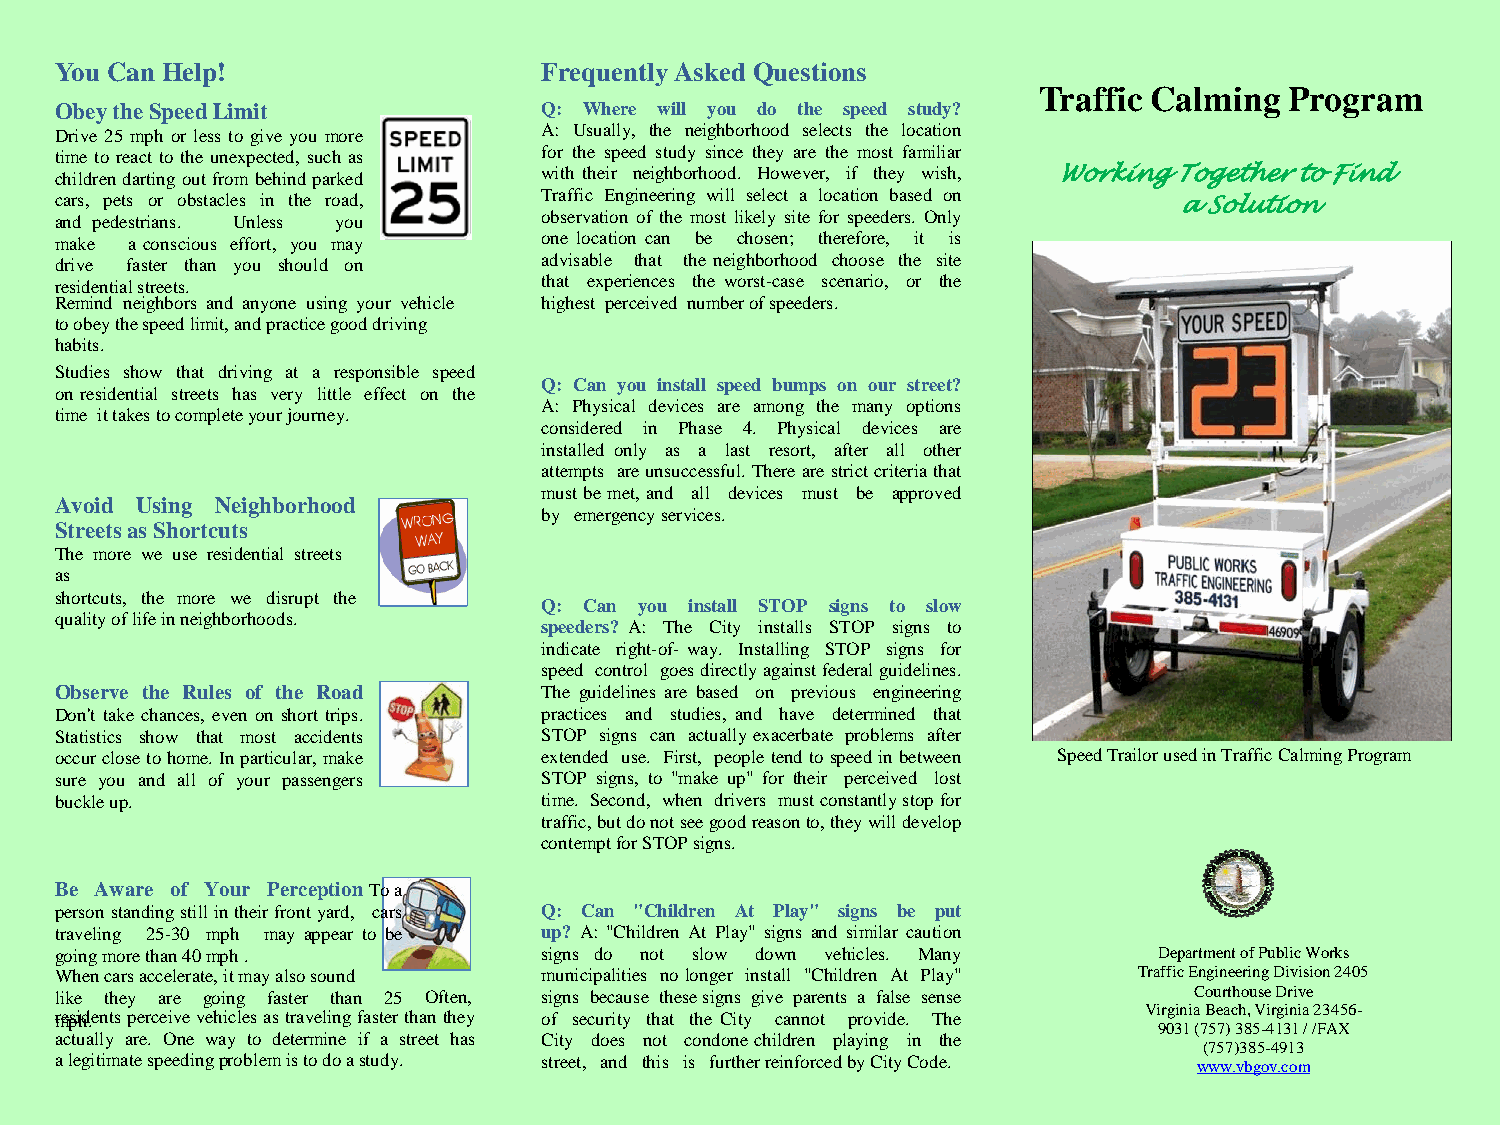
You Can Help!                   Frequently Asked Questions
 Traffic Calming Program
 Obey the Speed Limit            Q: Where will you do the speed study?
 Drive 25 mph or less to give you more A: Usually, the neighborhood selects the location
 time to react to the unexpected, such as for the speed study since they are the most familiar
 children darting out from behind parked with their neighborhood. However, if they wish, Working Together to Find
 cars, pets or obstacles in the road, Traffic Engineering will select a location based on a Solution
 and pedestrians. Unless you     observation of the most likely site for speeders. Only
 make a conscious effort, you may one location can be chosen; therefore, it is
 drive faster than you should on advisable that the neighborhood choose the site
 residential streets.            that experiences the worst-case scenario, or the
 Remind neighbors and anyone using your vehicle highest perceived number of speeders.
 to obey the speed limit, and practice good driving
 habits.
 Studies show that driving at a responsible speed
 Q: Can you install speed bumps on our street?
 on residential streets has very little effect on the
 A: Physical devices are among the many options
 time it takes to complete your journey.
 considered in Phase 4. Physical devices are
 installed only as a last resort, after all other
 attempts are unsuccessful. There are strict criteria that
 must be met, and all devices must be approved
 Avoid Using Neighborhood
 by emergency services.
 Streets as Shortcuts
 The more we use residential streets
 as
 shortcuts, the more we disrupt the
 Q: Can you install STOP signs to slow
 quality of life in neighborhoods.
 speeders? A: The City installs STOP signs to
 indicate right-of- way. Installing STOP signs for
 speed control goes directly against federal guidelines.
 Observe the Rules of the Road   The guidelines are based on previous engineering
 Don't take chances, even on short trips. practices and studies, and have determined that
 Statistics show that most accidents STOP signs can actually exacerbate problems after
 occur close to home. In particular, make extended use. First, people tend to speed in between Speed Trailor used in Traffic Calming Program
 sure you and all of your passengers STOP signs, to "make up" for their perceived lost
 buckle up.                      time. Second, when drivers must constantly stop for
 traffic, but do not see good reason to, they will develop
 contempt for STOP signs.
 Be Aware of Your Perception To a
 person standing still in their front yard, cars Q: Can "Children At Play" signs be put
 traveling 25-30 mph may appear to be up? A: "Children At Play" signs and similar caution
 going more than 40 mph .        signs do not slow down vehicles. Many    Department of Public Works
 When cars accelerate, it may also sound municipalities no longer install "Children At Play" Traffic Engineering Division 2405
 like they are going faster than 25 Often, signs because these signs give parents a false sense Courthouse Drive
 rmepsihd.e nts perceive vehicles as traveling faster than they of security that the City cannot provide. The Virginia Beach, Virginia 23456-
 9031 (757) 385-4131 / /FAX
 actually are. One way to determine if a street has City does not condone children playing in the
 (757)385-4913
 a legitimate speeding problem is to do a study. street, and this is further reinforced by City Code. www.vbgov.com